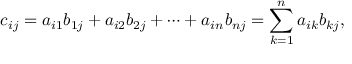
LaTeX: c _ { i j } = a _ { i 1 } b _ { 1 j } + a _ { i 2 } b _ { 2 j } + \cdots + a _ { i n } b _ { n j } = \sum _ { k = 1 } ^ { n } a _ { i k } b _ { k j } ,